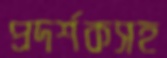
প্রদর্শকসহ